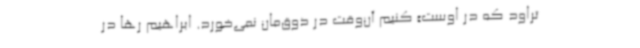
تراود که در اوست» کنیم آن‌وقت در ذوق‌مان نمی‌خورد. ابراهیم رها در